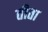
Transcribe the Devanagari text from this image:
तीता